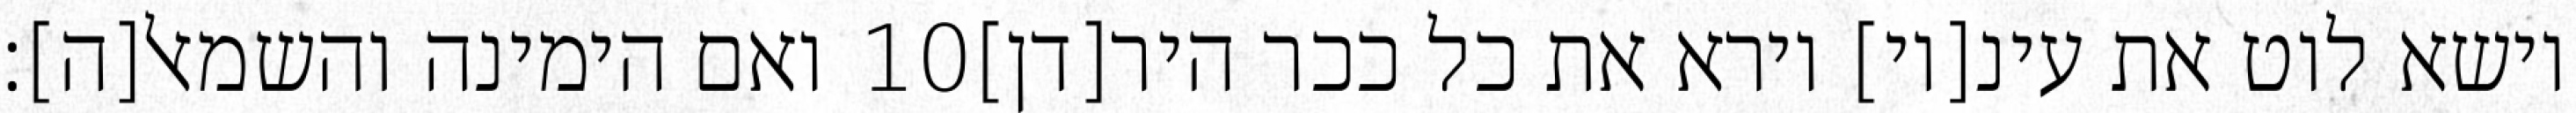
ואם הימינה והשמאל[ה]׃ ‎10‏ וישא לוט את עינ[יו] וירא את כל ככר היר[דן]